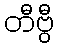
တီဗွီ